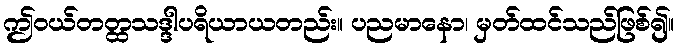
ဤဝယ်တတ္ထသဒ္ဒါပရိယာယတည်း။ ပညမာနော၊ မှတ်ထင်သည်ဖြစ်၍။